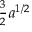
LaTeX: \textstyle { \frac { 3 } { 2 } } a ^ { 1 / 2 }